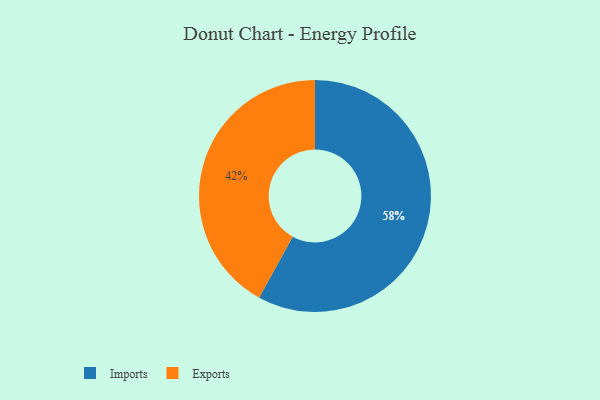
{"axis": {"x": "Category", "y": "Percentage"}, "legend": ["Exports", "Imports"], "data": [{"x": "Imports", "y": 58, "type": "Imports"}, {"x": "Exports", "y": 42, "type": "Exports"}]}